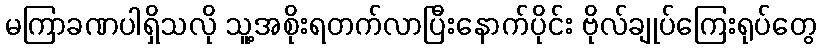
မကြာခဏပါရှိသလို သူ့အစိုးရတက်လာပြီးနောက်ပိုင်း ဗိုလ်ချုပ်ကြေးရုပ်တွေ